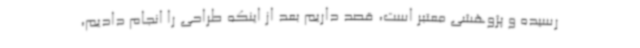
رسیده و پژوهشی معتبر است، قصد داریم بعد از اینکه طراحی را انجام دادیم،